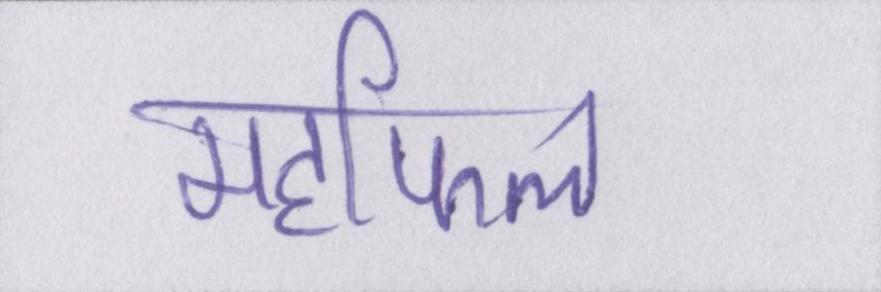
महफिल